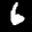
Label: 6